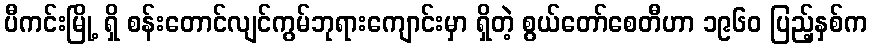
ပီကင်းမြို့ ရှိ စန်းတောင်လျင်ကွမ်ဘုရားကျောင်းမှာ ရှိတဲ့ စွယ်တော်စေတီဟာ ၁၉၆၀ ပြည့်နှစ်က